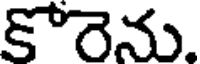
కోరెను.